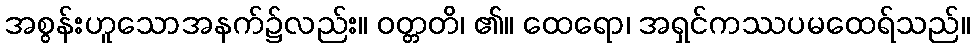
အစွန်းဟူသောအနက်၌လည်း။ ဝတ္တတိ၊ ၏။ ထေရော၊ အရှင်ကဿပမထေရ်သည်။